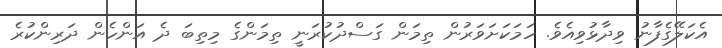
އެކަލޭގެފާނު ވިދާޅުވިއެވެ. ހަމަކަށަވަރުން ތިމަން ގަސްދުކުރަނީ ތިމަންގެ މިތިބަ ދެ އަންހެން ދަރިންކުރެ